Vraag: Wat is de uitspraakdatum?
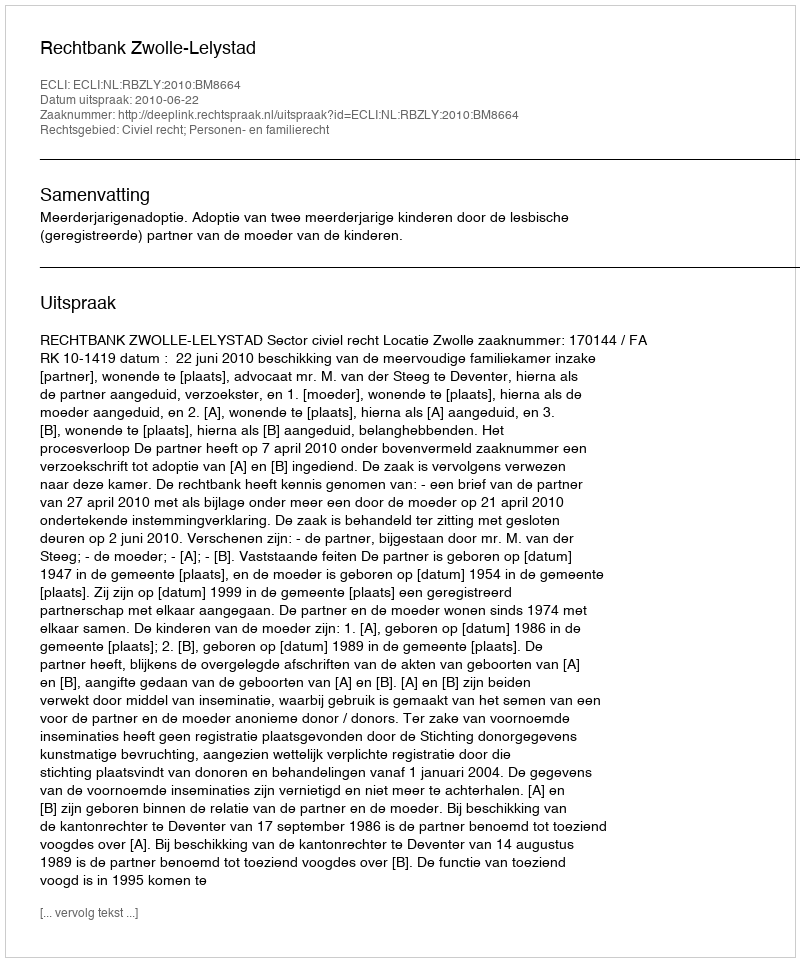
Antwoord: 2010-06-22